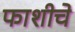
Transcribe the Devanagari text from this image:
फाशीचे